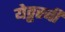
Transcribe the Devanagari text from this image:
येट्टरबी